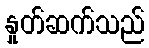
နှုတ်ဆက်သည်